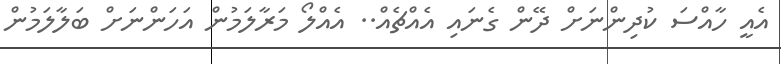
އެއީ ހާއްސަ ކުދިންނަށް ދޭން ގެނައި އެއްޗެއް.. އެއްލޯ މަރާލަމުން އަހަންނަށް ބަލާލަމުން